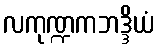
လကုဏ္ဍကဘဒ္ဒိယံ